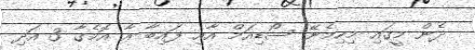
ދެން މީގައި މިހިމެނޭ ސޯޑިއަމް އާއި ފައިބާ އާ އޮމެގާ 3 އަދި